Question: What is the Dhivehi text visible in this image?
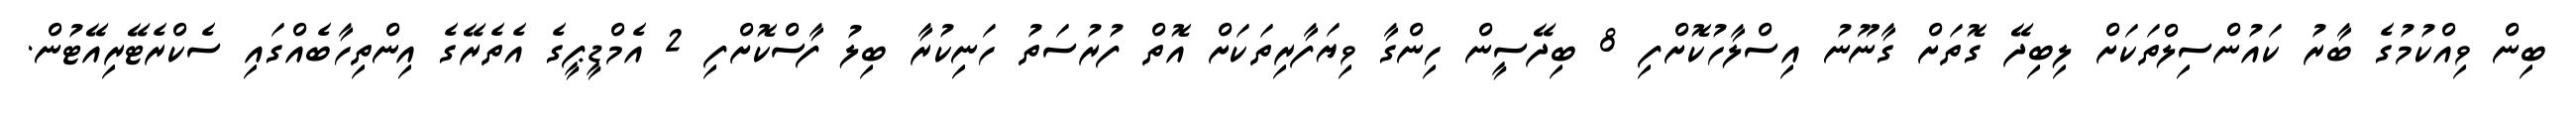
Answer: ބިން ވިއްކުމުގެ ބާރު ކައުންސިލްތަކަށް ލިބިދޭ ގޮތަށް ގާނޫނު އިސްލާހުކޮށްފި 8 ބިދޭސީން ހިންގާ ވިޔަފާރިތަކަށް އޮތް ފުރުސަތު ހަނިކުރާ ބިލު ފާސްކޮށްފި 2 އެމްޑީޕީގެ އެތެރޭގެ އިންތިހާބެއްގައި ސެކްރެޓޭރިއޭޓުން.